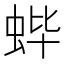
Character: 𬠃